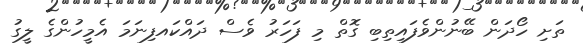
ތަށި ހޯދަން ބޭނުންވެފައިތިބި ގޮތް މި ފަހަރު ވެސް ދައްކައފިނަމަ އެމީހުންގެ ލީގު